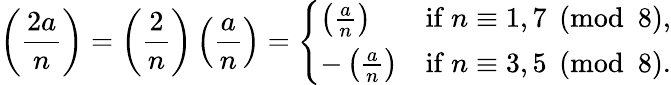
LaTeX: \left({\frac{2a}{n}}\right)=\left({\frac{2}{n}}\right)\left({\frac{a}{n}}\right)={\left\{ \begin{array}{ll}{\left({\frac{a}{n}}\right)}&{{\mathrm{if~}}n\equiv 1,7{\pmod{8}},}\\ {{-\left({\frac{a}{n}}\right)}}&{{\mathrm{if~}}n\equiv 3,5{\pmod{8}}.}\end{array}\right.}